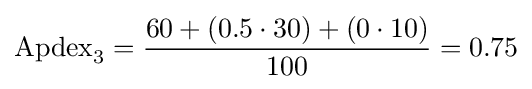
\mathrm {Apdex} _{3}={\frac {60+(0.5\cdot 30)+(0\cdot 10)}{100}}=0.75